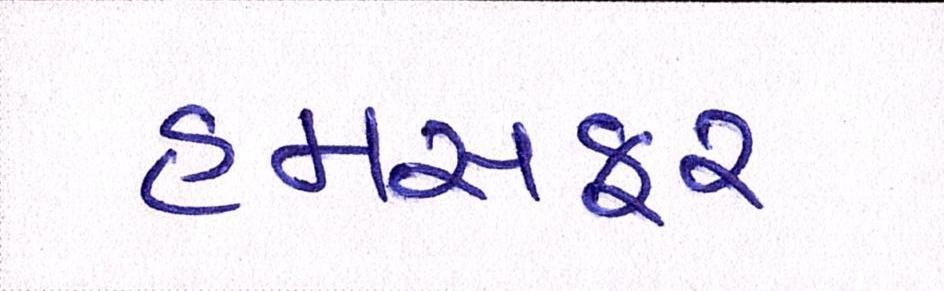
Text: હમસફર